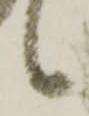
候